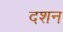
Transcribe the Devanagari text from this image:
दशन